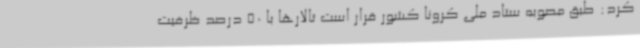
کرد: طبق مصوبه ستاد ملی کرونا کشور قرار است تالارها با 50 درصد ظرفیت